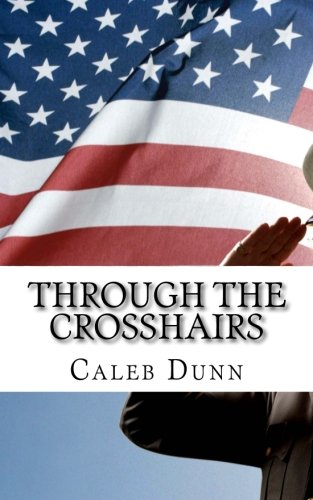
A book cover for Through the Crosshairs; Caleb Ethan Dunn; Parenting & Relationships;